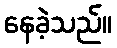
နေခဲ့သည်။